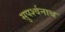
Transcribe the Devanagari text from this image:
सुपर्श्‍वनाथ